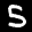
Label: 5